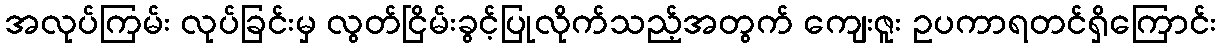
အလုပ်ကြမ်း လုပ်ခြင်းမှ လွတ်ငြိမ်းခွင့်ပြုလိုက်သည့်အတွက် ကျေးဇူး ဥပကာရတင်ရှိကြောင်း